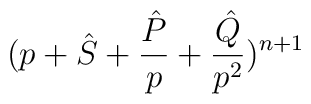
(p + {\hat  S}  + \frac{\hat  P}{p} + \frac{\hat  Q}{p^2})^{n+1}